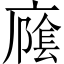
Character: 𱝍